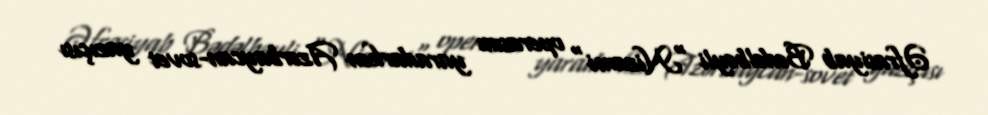
Əfrasiyab Bədəlbəyli "Nizami" operasını yaradarkən Azərbaycan-sovet yazıçısı